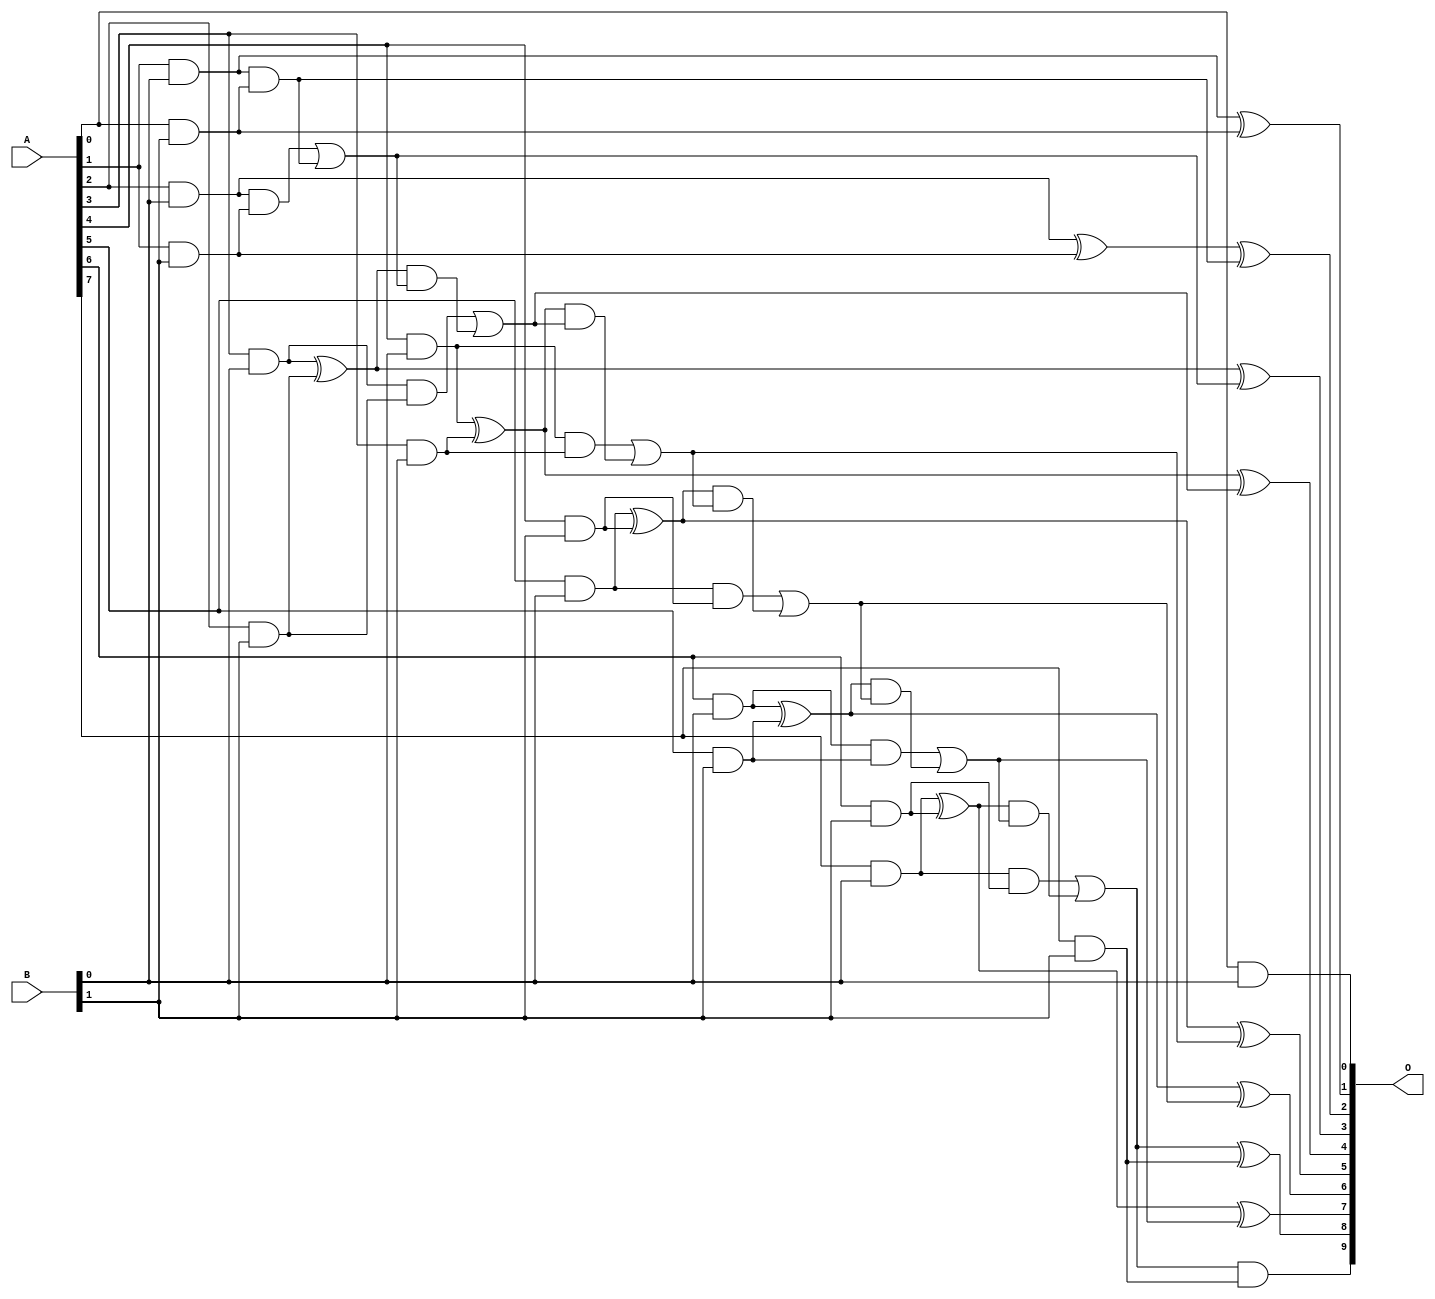
/***
* This code is a part of EvoApproxLib library (ehw.fit.vutbr.cz/approxlib) distributed under The MIT License.
* When used, please cite the following article(s): V. Mrazek, L. Sekanina, Z. Vasicek "Libraries of Approximate Circuits: Automated Design and Application in CNN Accelerators" IEEE Journal on Emerging and Selected Topics in Circuits and Systems, Vol 10, No 4, 2020 
* This file contains a circuit from a sub-set of pareto optimal circuits with respect to the pwr and mse parameters
***/
// MAE% = 0.00 %
// MAE = 0 
// WCE% = 0.00 %
// WCE = 0 
// WCRE% = 0.00 %
// EP% = 0.00 %
// MRE% = 0.00 %
// MSE = 0 
// PDK45_PWR = 0.033 mW
// PDK45_AREA = 109.8 um2
// PDK45_DELAY = 0.66 ns

module mul8x2u_106 (
    A,
    B,
    O
);

input [7:0] A;
input [1:0] B;
output [9:0] O;

wire sig_10,sig_11,sig_12,sig_13,sig_14,sig_15,sig_16,sig_17,sig_18,sig_19,sig_20,sig_21,sig_22,sig_23,sig_24,sig_25,sig_26,sig_27,sig_28,sig_29;
wire sig_31,sig_32,sig_33,sig_34,sig_35,sig_36,sig_37,sig_38,sig_39,sig_40,sig_41,sig_42,sig_43,sig_44,sig_45,sig_46,sig_47,sig_48,sig_49,sig_50;
wire sig_51,sig_52,sig_53,sig_54,sig_55,sig_56,sig_57,sig_58,sig_59;

assign sig_10 = A[0] & B[0];
assign sig_11 = A[1] & B[0];
assign sig_12 = A[2] & B[0];
assign sig_13 = A[3] & B[0];
assign sig_14 = A[4] & B[0];
assign sig_15 = A[5] & B[0];
assign sig_16 = A[6] & B[0];
assign sig_17 = A[7] & B[0];
assign sig_18 = A[0] & B[1];
assign sig_19 = A[1] & B[1];
assign sig_20 = A[2] & B[1];
assign sig_21 = A[3] & B[1];
assign sig_22 = A[4] & B[1];
assign sig_23 = A[5] & B[1];
assign sig_24 = A[6] & B[1];
assign sig_25 = A[7] & B[1];
assign sig_26 = sig_11 & sig_18;
assign sig_27 = sig_11 ^ sig_18;
assign sig_28 = sig_12 ^ sig_19;
assign sig_29 = sig_12 & sig_19;
assign sig_31 = sig_28 ^ sig_26;
assign sig_32 = sig_29 | sig_26;
assign sig_33 = sig_13 ^ sig_20;
assign sig_34 = sig_13 & sig_20;
assign sig_35 = sig_33 & sig_32;
assign sig_36 = sig_33 ^ sig_32;
assign sig_37 = sig_34 | sig_35;
assign sig_38 = sig_14 ^ sig_21;
assign sig_39 = sig_14 & sig_21;
assign sig_40 = sig_38 & sig_37;
assign sig_41 = sig_38 ^ sig_37;
assign sig_42 = sig_39 | sig_40;
assign sig_43 = sig_15 ^ sig_22;
assign sig_44 = sig_15 & sig_22;
assign sig_45 = sig_43 & sig_42;
assign sig_46 = sig_43 ^ sig_42;
assign sig_47 = sig_44 | sig_45;
assign sig_48 = sig_16 ^ sig_23;
assign sig_49 = sig_16 & sig_23;
assign sig_50 = sig_48 & sig_47;
assign sig_51 = sig_48 ^ sig_47;
assign sig_52 = sig_49 | sig_50;
assign sig_53 = sig_17 ^ sig_24;
assign sig_54 = sig_17 & sig_24;
assign sig_55 = sig_53 & sig_52;
assign sig_56 = sig_53 ^ sig_52;
assign sig_57 = sig_54 | sig_55;
assign sig_58 = sig_57 & sig_25;
assign sig_59 = sig_57 ^ sig_25;

assign O[9] = sig_58;
assign O[8] = sig_59;
assign O[7] = sig_56;
assign O[6] = sig_51;
assign O[5] = sig_46;
assign O[4] = sig_41;
assign O[3] = sig_36;
assign O[2] = sig_31;
assign O[1] = sig_27;
assign O[0] = sig_10;

endmodule